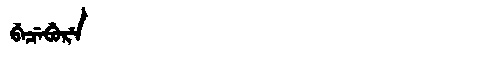
Manchu: ᠪᡝᠴᡝᠪᡠᡵᡝ
Romanization: BECEBURE